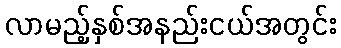
လာမည့်နှစ်အနည်းငယ်အတွင်း